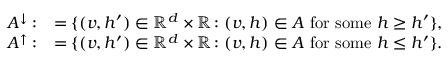
\begin{array} { r l } { A ^ { \downarrow } : } & { = \{ ( v , h ^ { \prime } ) \in \mathbb { R } ^ { d } \times \mathbb { R } \colon ( v , h ) \in A \mathrm { ~ f o r ~ s o m e ~ } h \ge h ^ { \prime } \} , } \\ { A ^ { \uparrow } : } & { = \{ ( v , h ^ { \prime } ) \in \mathbb { R } ^ { d } \times \mathbb { R } \colon ( v , h ) \in A \mathrm { ~ f o r ~ s o m e ~ } h \leq h ^ { \prime } \} . } \end{array}